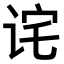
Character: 诧